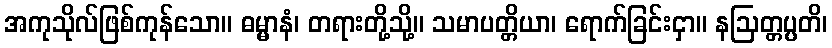
အကုသိုလ်ဖြစ်ကုန်သော။ ဓမ္မာနံ၊ တရားတို့သို့။ သမာပတ္တိယာ၊ ရောက်ခြင်းငှာ။ နဩတ္တပ္ပတိ၊